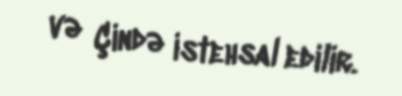
və Çində istehsal edilir.